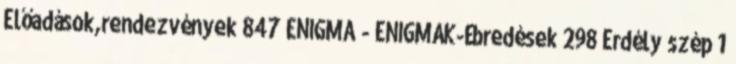
Előadások,rendezvények 847 ENIGMA - ENIGMÁK-Ébredések 298 Erdély szép 1